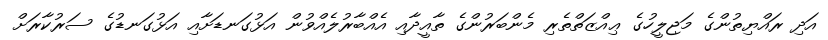
އަދި ރައްޔިތުންގެ މަޖިލީހުގެ ޢިއްޒަތްތެރި މެންބަރުންގެ ތާއީދާއި އެއްބާރުލެއްވުން އަޅުގަނޑަށާއި އަޅުގަނޑުގެ ސަރުކާރަށް